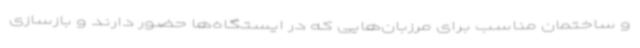
و ساختمان مناسب برای مرزبان‌هایی که در ایستگاه‌ها حضور دارند و بازسازی